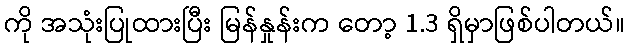
ကို အသုံးပြုထားပြီး မြန်နှုန်းက တော့ 1.3 ရှိမှာဖြစ်ပါတယ်။